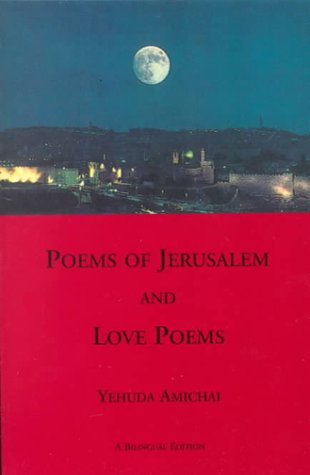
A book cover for Poems of Jerusalem and Love Poems (Sheep Meadow Poetry); Yehuda Amichai; Literature & Fiction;